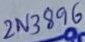
Text: 2N3896